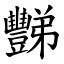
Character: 豒